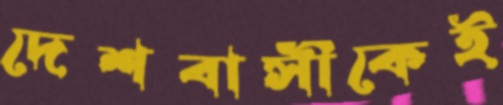
দেশবাসীকেই